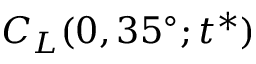
C _ { L } ( 0 , 3 5 ^ { \circ } ; t ^ { * } )